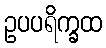
ဥပပရိက္ခထ